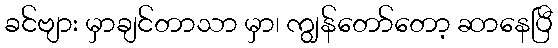
ခင်ဗျား မှာချင်တာသာ မှာ၊ ကျွန်တော်တော့ ဆာနေပြီ